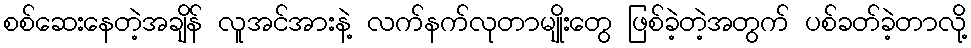
စစ်ဆေးနေတဲ့အချိန် လူအင်အားနဲ့ လက်နက်လုတာမျိုးတွေ ဖြစ်ခဲ့တဲ့အတွက် ပစ်ခတ်ခဲ့တာလို့